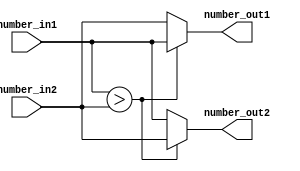
module BITONIC_DS(number_in1, number_in2, number_out1, number_out2);
input  [7:0] number_in1;
input  [7:0] number_in2;
output [7:0] number_out1;
output [7:0] number_out2;

assign number_out1 = (number_in1 > number_in2) ? number_in1 : number_in2;
assign number_out2 = (number_in1 > number_in2) ? number_in2 : number_in1;

endmodule